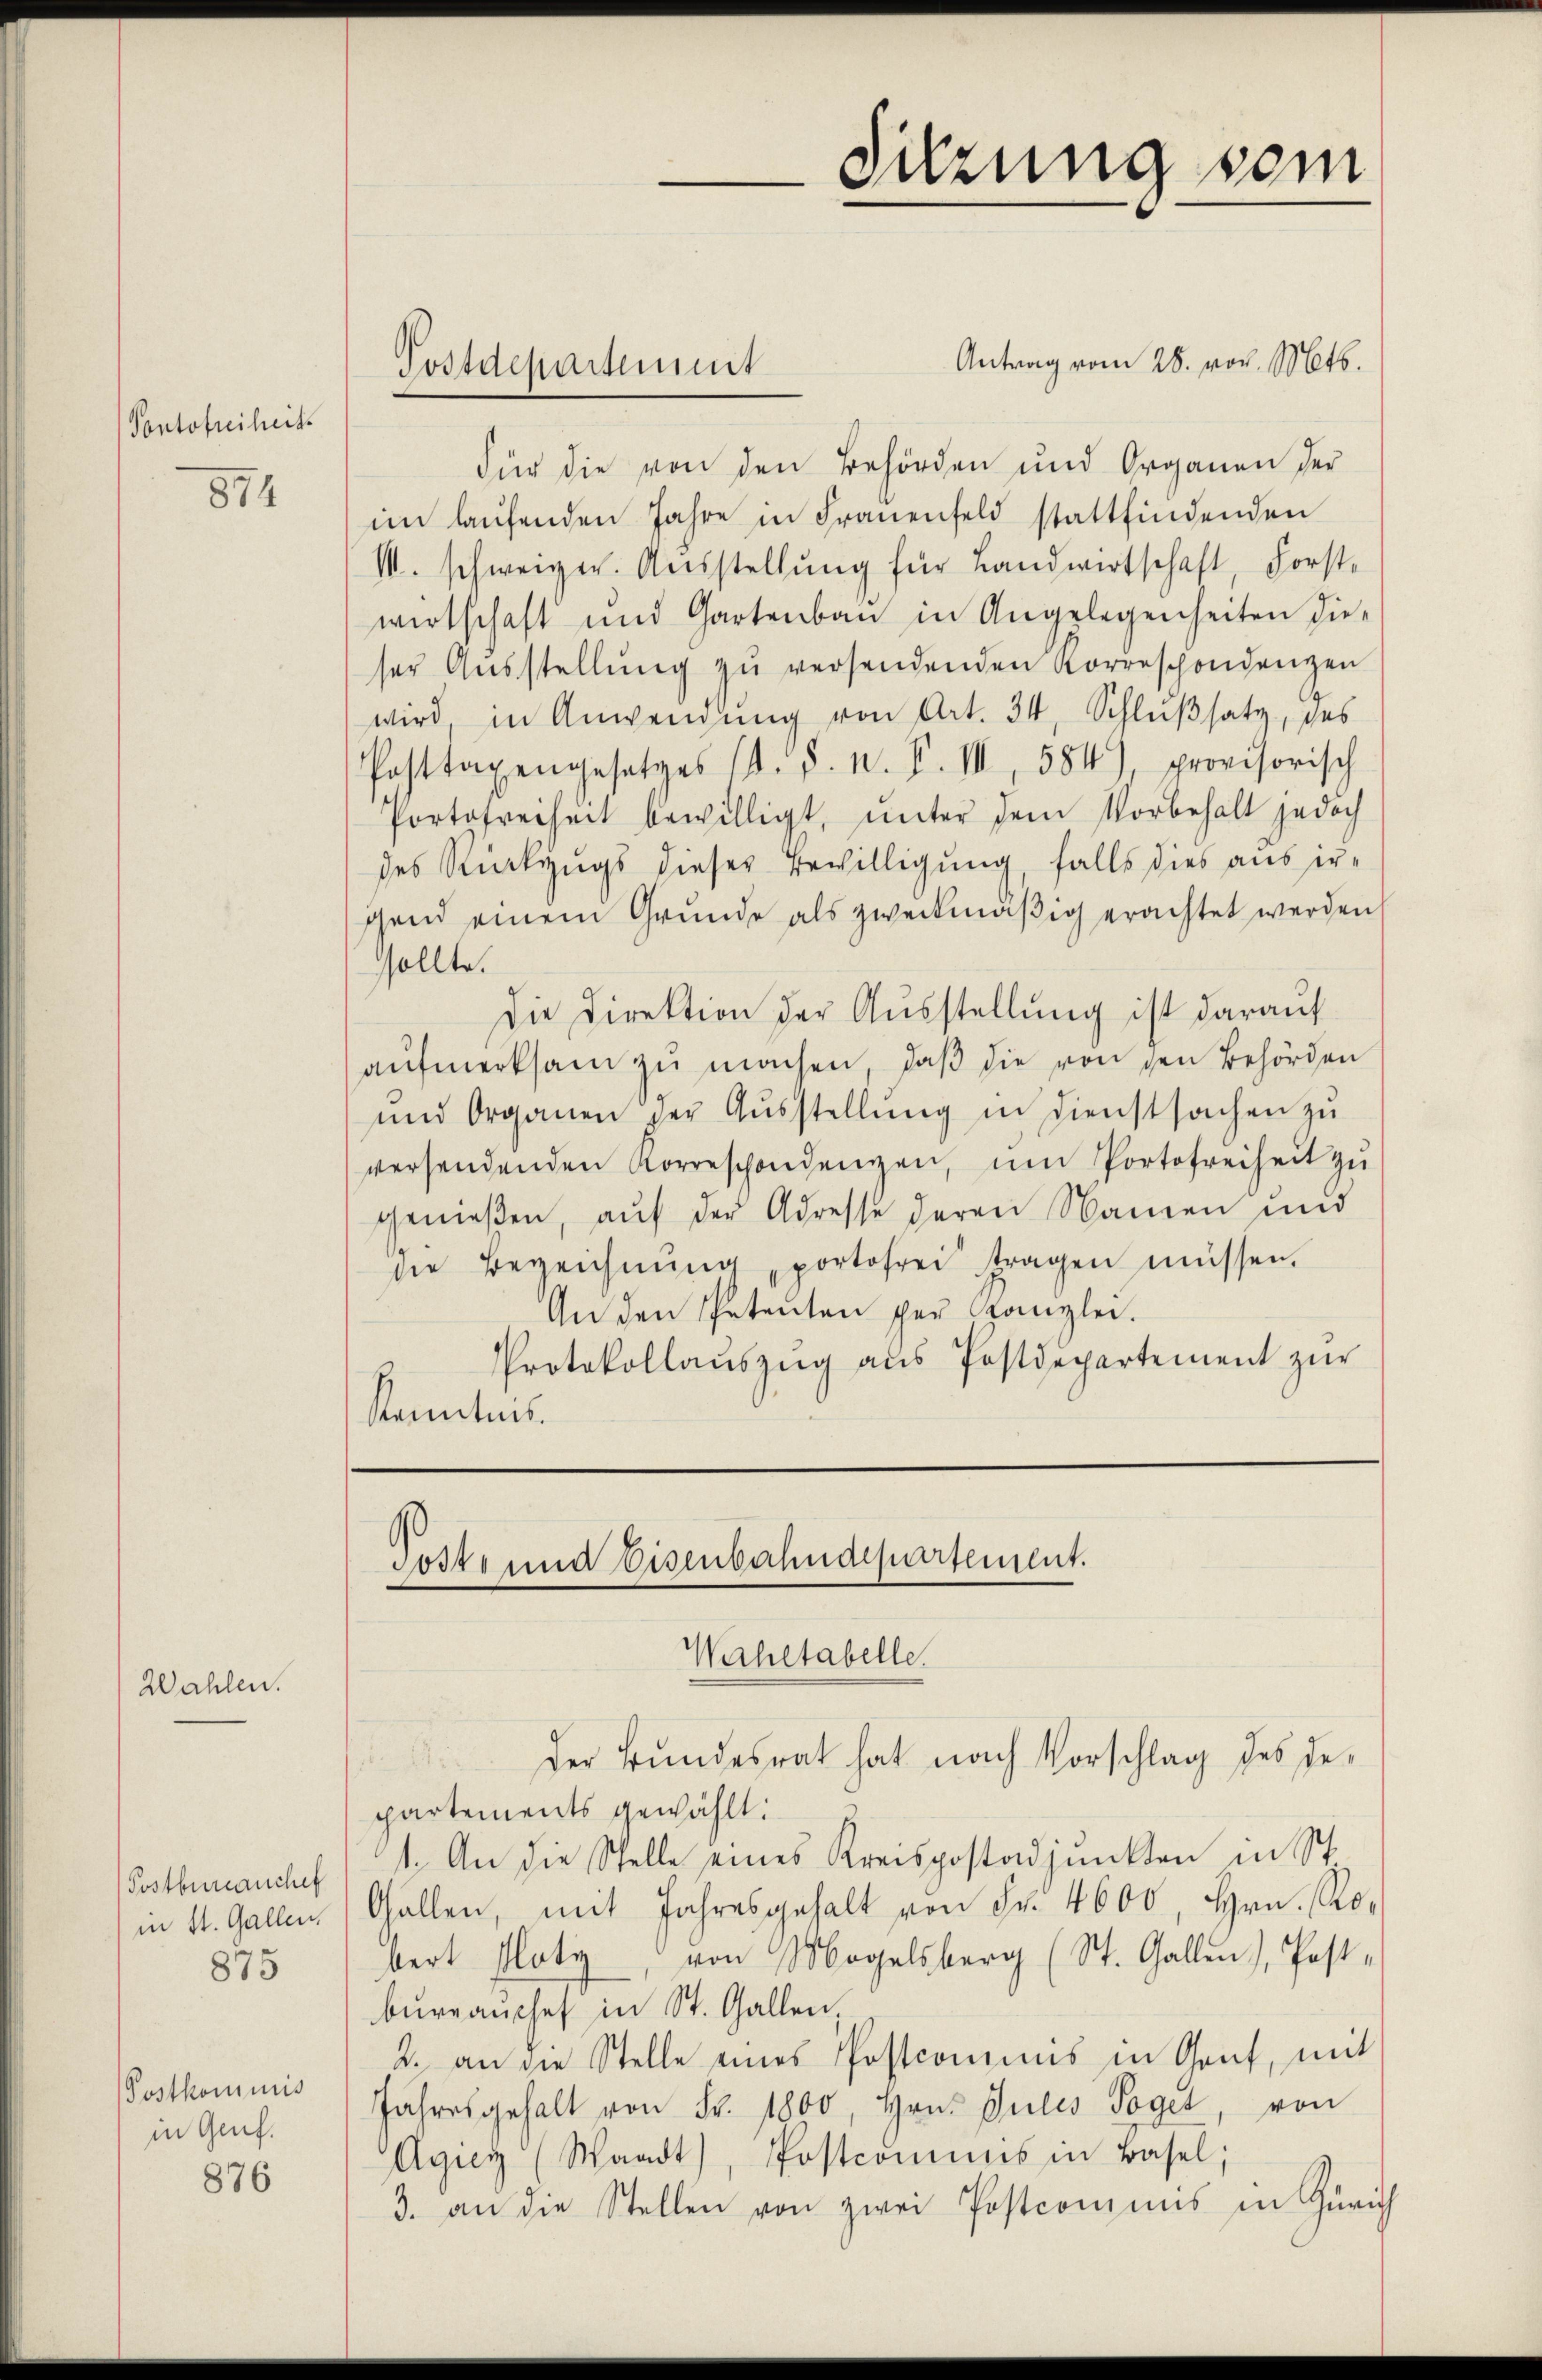
Vontofreiheits

Wahlen.

874

Postbureauchef
in St. Gallen.
875

Postkommnis
in Genf.

876

Postdepartement

d
Toste und Eisenbahndepartement.
Wahltabelle

Sitzung vom

Antrag vom 28. vor. Mts.
Für die von den Behörden und Organen der
im laŭfenden Jahre in Frauenfeld stattfindenden
M. schweiger. Aŭsstellŭng für Landwirtschaft, Forst-
wirtschaft und Gartenbaŭ in Angelegenheiten dieser Aŭsstellŭng zŭ versendenden Korrespondenzen
wird, in Anwendung von Art. 34, Schlußsatz, des
Posttagengesetzes (d. h. n. F. III, 584), provisorisch
Portofreiheit bewilligt, unter dem Vorbehalt jedoch
des Rückzugs dieser Bewilligung, falls dies aus ergend einem Grunde als zweckmäßig erachtet werden
sollte.
Die Direktion der Ausstellung ist darauf
aŭfmerksam zŭ machen, daβ die von den Behörden
und Organen der Aŭsstellŭng in Dienstsachen zŭ
versendenden Korreschondenzen, ŭm Portofreiheit zŭ
genießen, aŭf der Adresse deren Namen und
die Bezeichnŭng, portofrei tragen müssen.
An den Petenten per Kanzlei.
Protokollaŭszŭg aŭs Postdepartement zŭr
Kenntnis.

.
der Bundesrat hat nach Vorschlag des Departements gewählt:
1. An die Stelle eines Kreispostadjunkten in St.
Gallen, mit Jahresgehalt von Fr. 4600, Hrn. Robert Ploty, von Mogelsberg (St. Gallen), Post-
bureauschef in St. Gallen,
2. an die Stelle eines Postcomuns in Genf, mit
Jahresgehalt von Fr. 1800, Hrn. Julis Soget, von
Agiey (Waadt, Postcommis in Basel;
3. an die Stellen von zwei Postcomuns in Zürich